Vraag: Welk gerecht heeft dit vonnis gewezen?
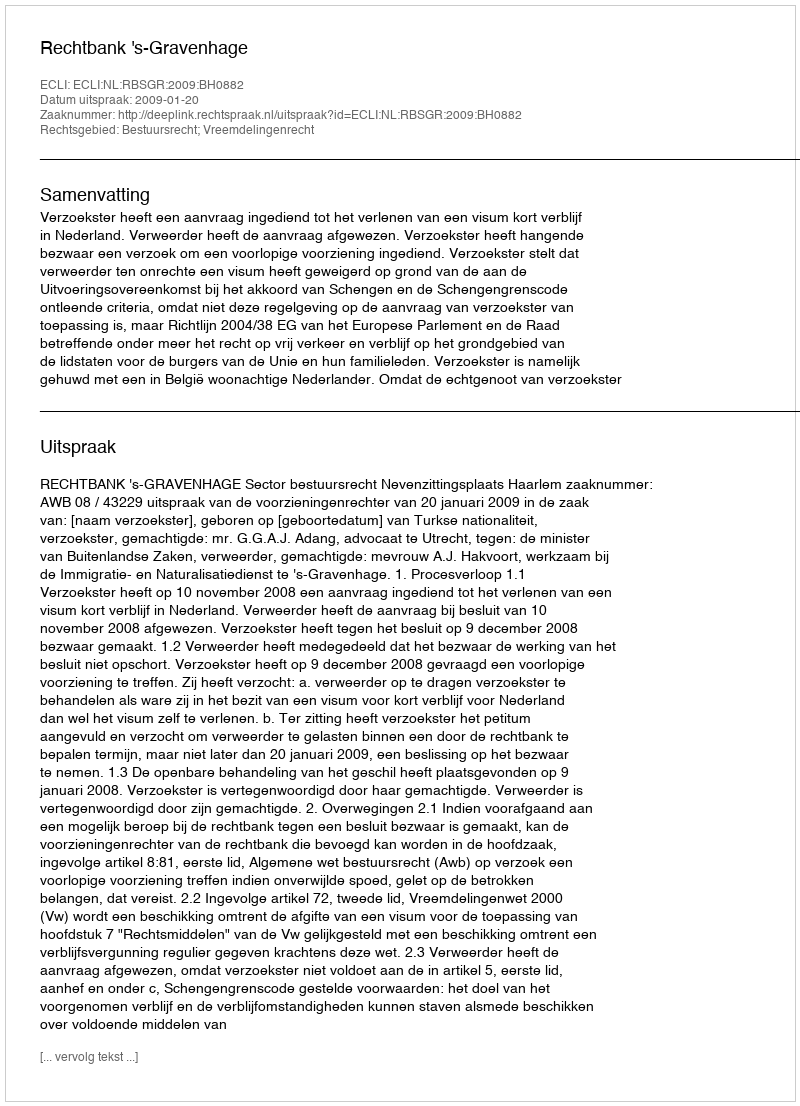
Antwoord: Rechtbank 's-Gravenhage